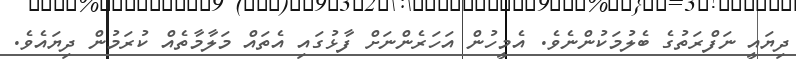
ދިޔައީ ނަފްރަތުގެ ބެލުމަކުންނެވެ. އެމީހުން އަހަރެންނަށް ފާޅުގައި އެތައް މަލާމާތެއް ކުރަމުން ދިޔައެވެ.